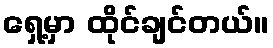
ရှေ့မှာ ထိုင်ချင်တယ်။